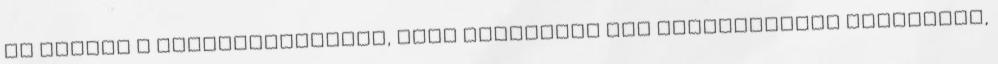
Ha ezeket a mellékhatásokat, vagy bármilyen más mellékhatást tapasztal,